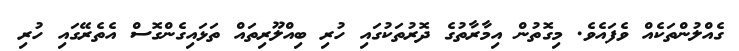
ގެއްލުންތަކެއް ވެފައެވެ. މިގޮތުން އިމާރާތުގެ ދޮރުތަކުގައި ހުރި ބިއްލޫރިތައް ތަޅައިގެންގޮސް އެތެރޭގައި ހުރި